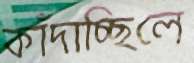
কাঁদাচ্ছিলে